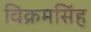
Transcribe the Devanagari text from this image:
विक्रमसिंह